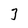
Character: 3